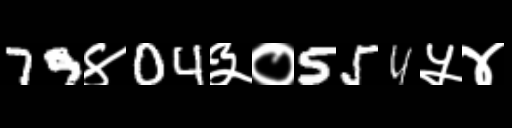
Text: 79४04३०554५४